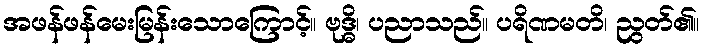
အဖန်ဖန်မေးမြန်းသောကြောင့်။ ဗုဒ္ဓိ၊ ပညာသည်။ ပရိဏမတိ၊ ညွတ်၏။